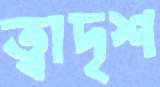
ত্বাদৃশ